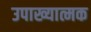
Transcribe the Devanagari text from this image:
उपाख्यात्मक